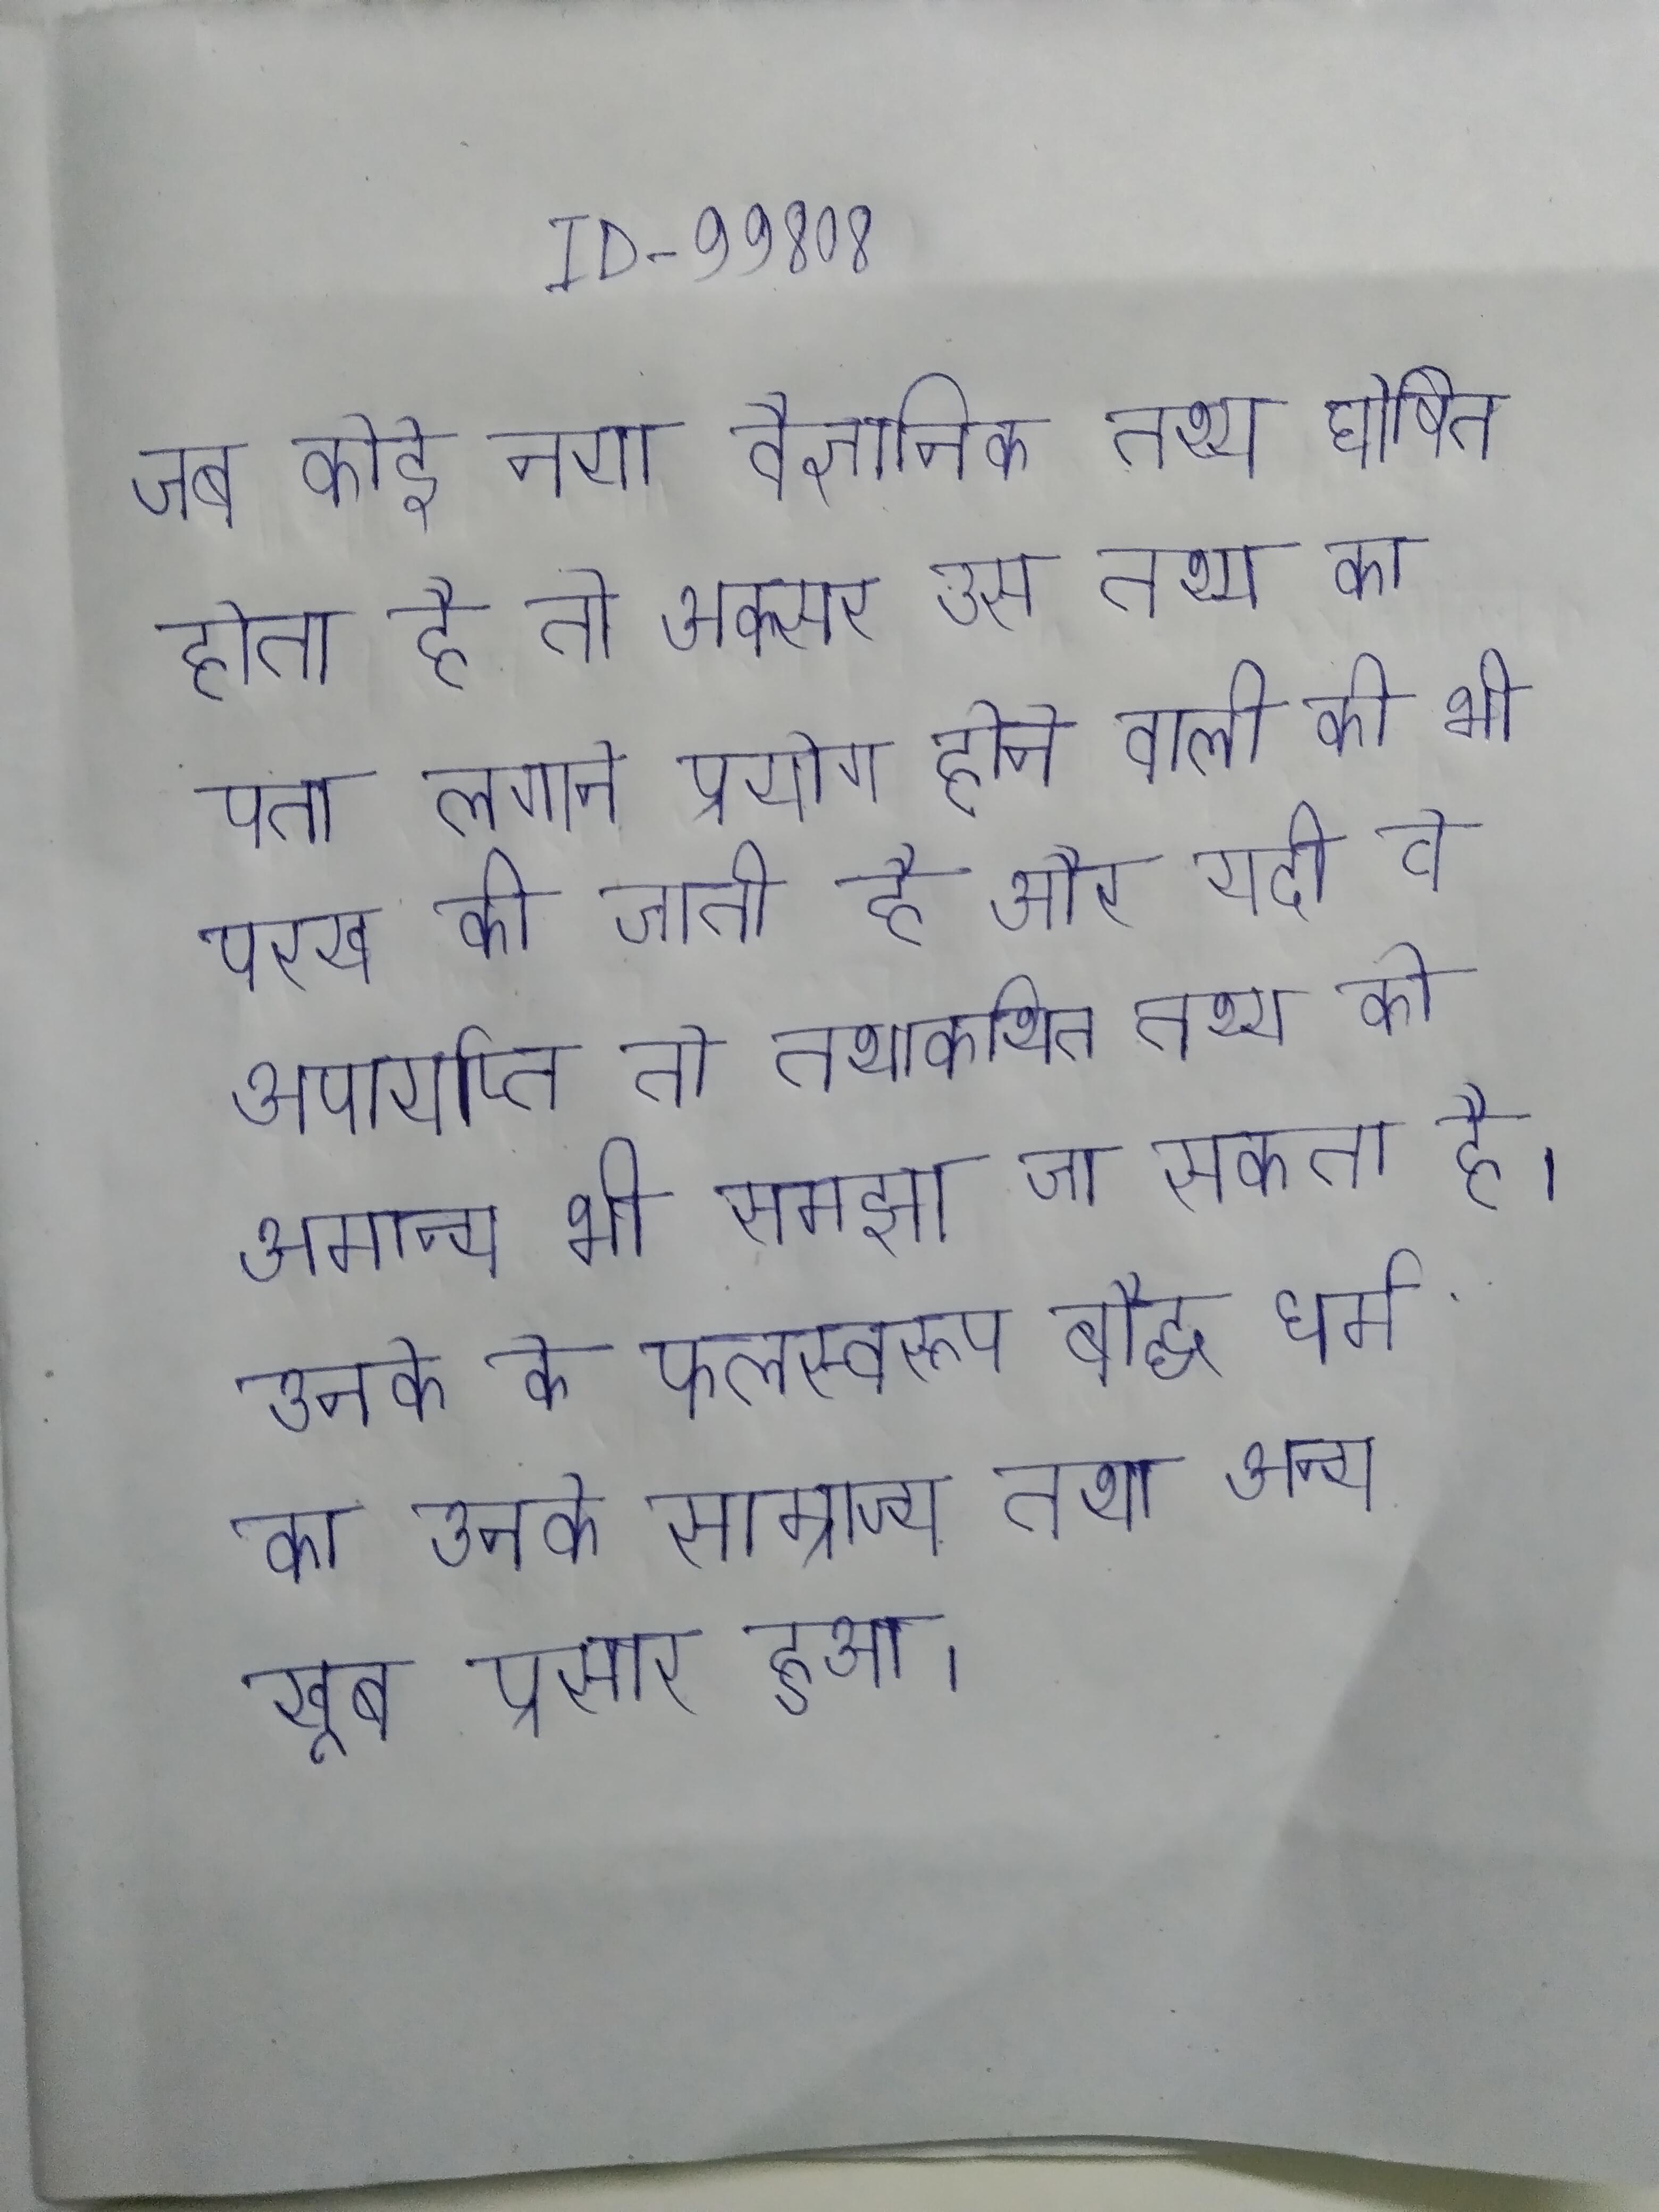
जब कोई नया वैज्ञानिक तथ्य घोषित होता है तो अक्सर उस तथ्य का पता लगाने प्रयोग होने वाली की भी परख की जाती है और यदी वे अपार्याप्त तो तथाकथित तथ्य को अमान्य भी समझा जा सकता है । उनके के फलस्वरूप बौद्ध धर्म का उनके साम्राज्य तथा अन्य खूब प्रसार हुआ ।